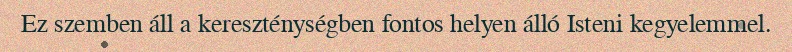
Ez szemben áll a kereszténységben fontos helyen álló Isteni kegyelemmel.